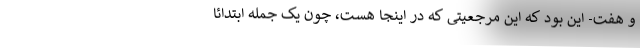
و هفت- این بود که این مرجعیتی که در اینجا هست، چون یک جمله ابتدائا